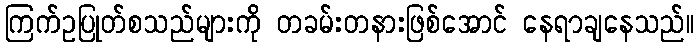
ကြက်ဥပြုတ်စသည်များကို တခမ်းတနားဖြစ်အောင် နေရာချနေသည်။